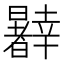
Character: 𰖹